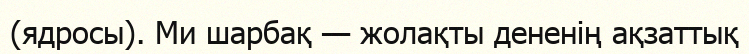
(ядросы). Ми шарбақ — жолақты дененің ақзаттық